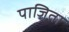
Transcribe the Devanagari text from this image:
पाजिता